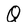
Character: Q